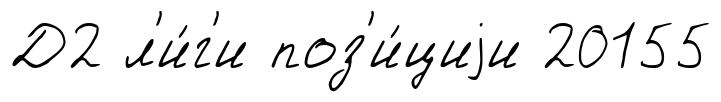
Д2 л'и́г'и поз'и́циjи 20155